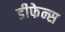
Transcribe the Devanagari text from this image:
डीफेन्स